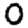
Digit: 0